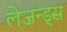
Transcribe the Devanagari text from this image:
लेजन्ड्स